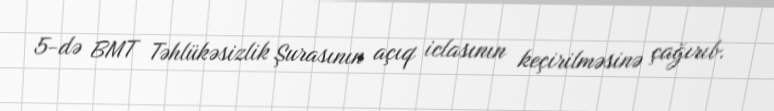
5-də BMT Təhlükəsizlik Şurasının açıq iclasının keçirilməsinə çağırıb.